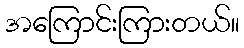
အကြောင်းကြားတယ်။